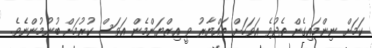
ކަމަށް ނިންމައިގެން ތެދުވެ އަވަހަށް ތައްޔާރު ވީ އިޒްޔަންމެން އަވަސް ކުރުމަށް ބުނުމުންނެވެ.